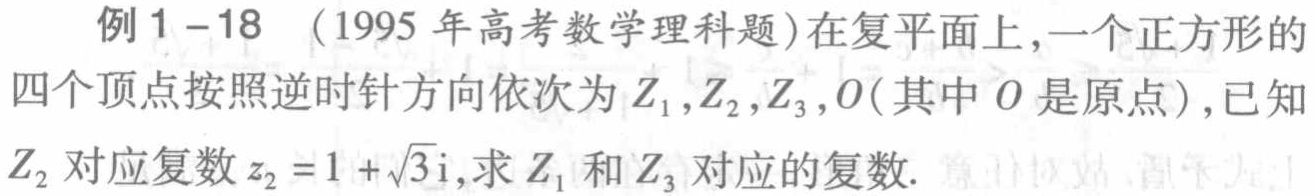
例1 - 18 （1995年高考数学理科题）在复平面上，一个正方形的四个顶点按照逆时针方向依次为\(Z_1,Z_2,Z_3,O\)（其中\(O\)是原点），已知\(Z_2\)对应复数\(z_2 = 1+\sqrt{3}\mathrm{i}\)，求\(Z_1\)和\(Z_3\)对应的复数.